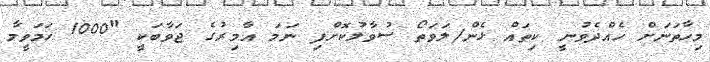
މިހާތަނަށް ހެއްދެވުނީ ކިތައް ޅެން/ލަވަތޯ ސުވާލުކޮށްފި ނަމަ އާމިރުގެ ޖަވާބަކީ "1000 ހަމަވީމާ